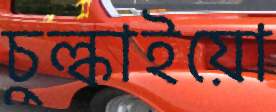
চুল্‌কাইয়ো